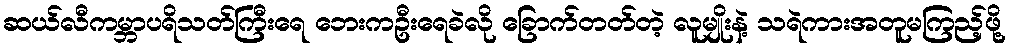
ဆယ်လီကမ္ဘာပရိသတ်ကြီးရေ ဘေးကဦးရေခဲလို ခြောက်တတ်တဲ့ လူမျိုးနဲ့ သရဲကားအတူမကြည့်ဖို့